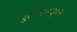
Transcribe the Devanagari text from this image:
दुर्गमतापूर्वक